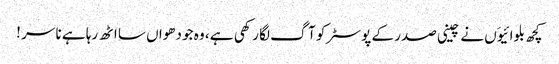
کچھ بلوائیوَں نے چینی صدر کے پوسٹر کو آگ لگا رکھی ہے ، وہ جو دھواں سا اٹھ رہا ہے نا سر !